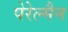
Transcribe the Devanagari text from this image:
पेरेल्मैन